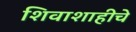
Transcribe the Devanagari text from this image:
शिवाशाहीचे